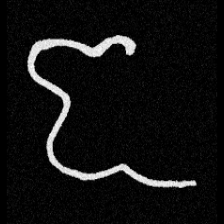
Pyu character \u2014 Myanmar letter: ဇ (romanized: ja)